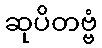
ဆုပိတဗ္ဗံ